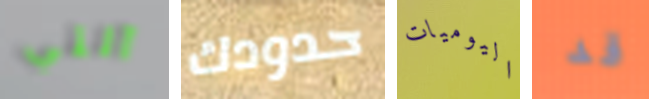
آلتي حدودك اليوميات قد